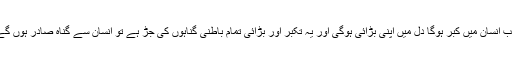
جب انسان میں کبر ہوگا دل میں اپنی بڑائی ہوگی اور یہ تکبر اور بڑائی تمام باطنی گناہوں کی جڑ ہے تو انسان سے گناہ صادر ہوں گے۔